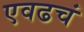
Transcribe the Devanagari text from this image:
एवढचं